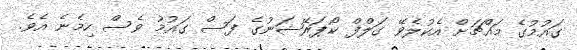
ގައުމުގެ މައްޗަށް އެކުލެވޭ ގަލްފް ކޯޕަރޭޝަނުގެ ފަސް ގައުމު ވެސް ހިމެނެ އެވެ.